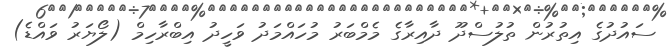
ސައުދުގެ އިތުރުން ތުލުސްދޫ ދާއިރާގެ މެމްބަރު މުހައްމަދު ވަހީދު އިބްރާހިމް (ލޯޔަރު ވައްޑެ)